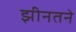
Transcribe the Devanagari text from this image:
झीनतने